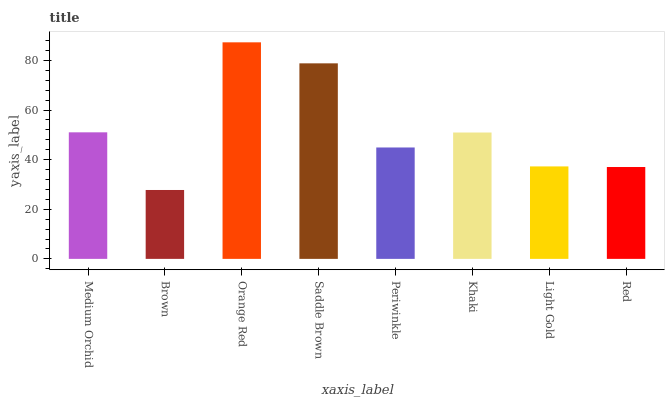
| xaxis_label | bars |
 | --- | --- |
 | Medium Orchid | 51 |
 | Brown | 27.8 |
 | Orange Red | 87.3 |
 | Saddle Brown | 78.8 |
 | Periwinkle | 44.9 |
 | Khaki | 50.9 |
 | Light Gold | 37.3 |
 | Red | 37 |